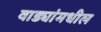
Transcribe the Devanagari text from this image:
वाड्यांमधील